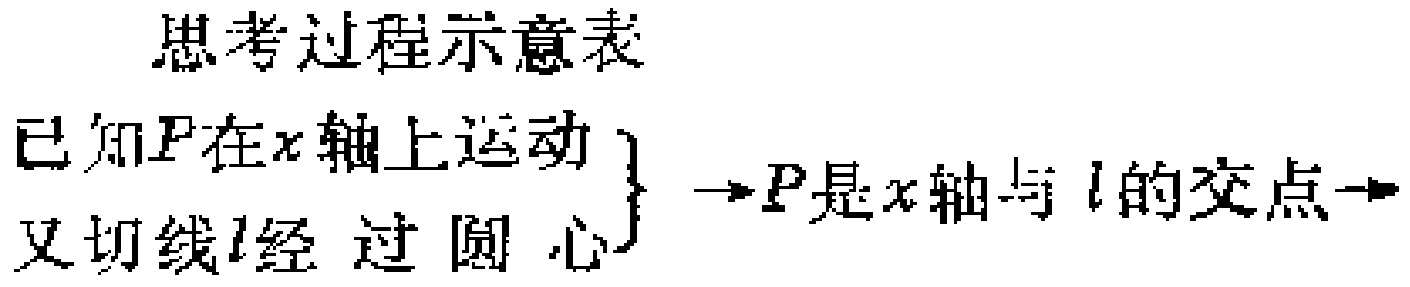
\begin{center}

思考过程示意表

\end{center}

已知\(P\)在\(x\)轴上运动\\

又切线\(l\)经过圆心\\

\}\(\to P\)是\(x\)轴与\(l\)的交点\(\to\)